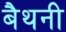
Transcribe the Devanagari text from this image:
बैथनी